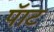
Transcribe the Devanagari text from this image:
पॅाट